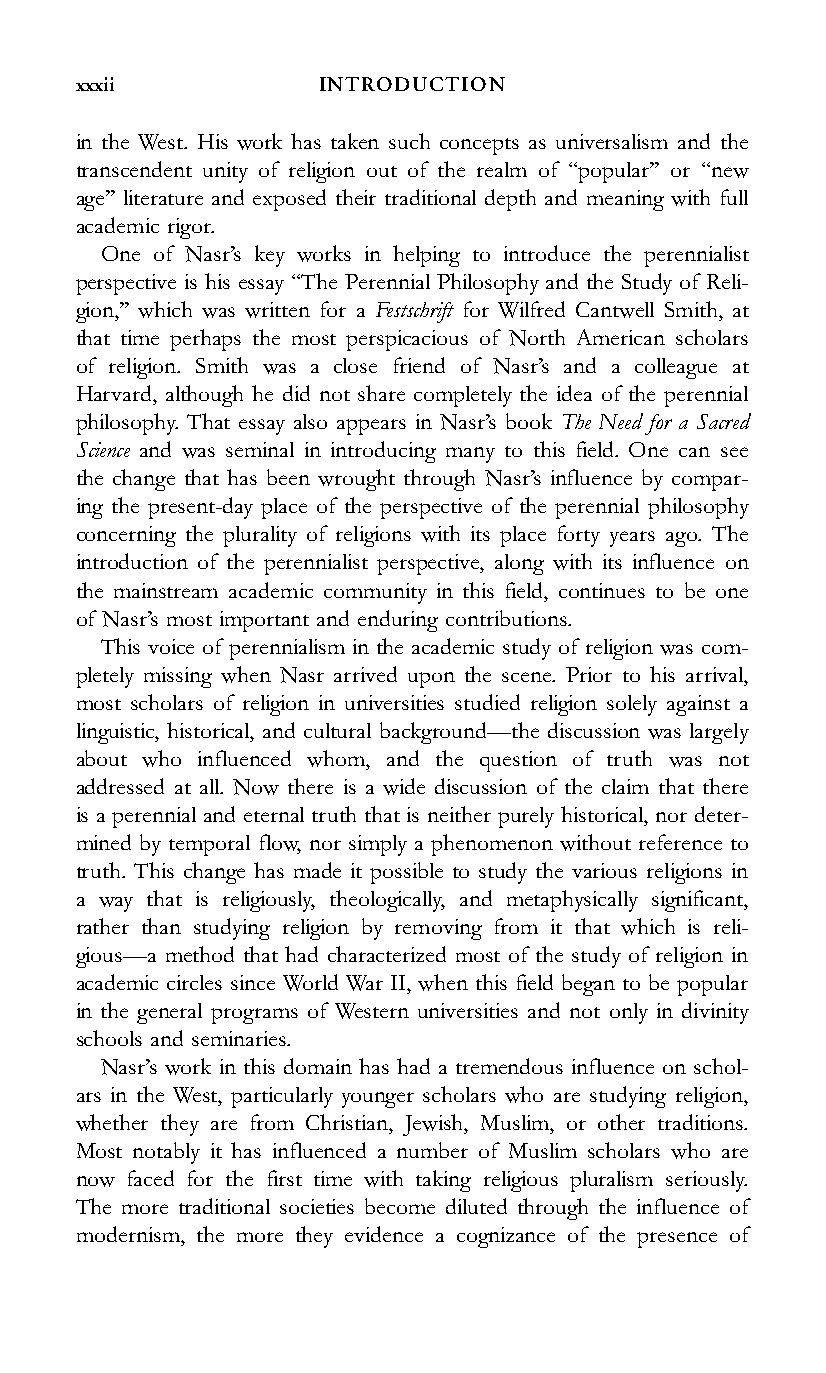
xxxii           INTRODUCTION
 in the West. His work has taken such concepts as universalism and the
 transcendent unity of religion out of the realm of ‘‘popular’’ or ‘‘new
 age’’ literature and exposed their traditional depth and meaning with full
 academic rigor.
 One of Nasr’s key works in helping to introduce the perennialist
 perspective is his essay ‘‘The Perennial Philosophy and the Study of Reli-
 gion,’’ which was written for a Festschrift for Wilfred Cantwell Smith, at
 that time perhaps the most perspicacious of North American scholars
 of religion. Smith was a close friend of Nasr’s and a colleague at
 Harvard, although he did not share completely the idea of the perennial
 philosophy. That essay also appears in Nasr’s book The Need for a Sacred
 Science and was seminal in introducing many to this field. One can see
 the change that has been wrought through Nasr’s influence by compar-
 ing the present-day place of the perspective of the perennial philosophy
 concerning the plurality of religions with its place forty years ago. The
 introduction of the perennialist perspective, along with its influence on
 the mainstream academic community in this field, continues to be one
 of Nasr’s most important and enduring contributions.
 This voice of perennialism in the academic study of religion was com-
 pletely missing when Nasr arrived upon the scene. Prior to his arrival,
 most scholars of religion in universities studied religion solely against a
 linguistic, historical, and cultural background—the discussion was largely
 about who influenced whom, and the question of truth was not
 addressed at all. Now there is a wide discussion of the claim that there
 is a perennial and eternal truth that is neither purely historical, nor deter-
 mined by temporal flow, nor simply a phenomenon without reference to
 truth. This change has made it possible to study the various religions in
 a way that is religiously, theologically, and metaphysically significant,
 rather than studying religion by removing from it that which is reli-
 gious—a method that had characterized most of the study of religion in
 academic circles since World War II, when this field began to be popular
 in the general programs of Western universities and not only in divinity
 schools and seminaries.
 Nasr’s work in this domain has had a tremendous influence on schol-
 ars in the West, particularly younger scholars who are studying religion,
 whether they are from Christian, Jewish, Muslim, or other traditions.
 Most notably it has influenced a number of Muslim scholars who are
 now faced for the first time with taking religious pluralism seriously.
 The more traditional societies become diluted through the influence of
 modernism, the more they evidence a cognizance of the presence of